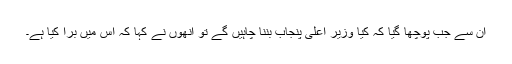
ان سے جب پوچھا گیا کہ کیا وزیر اعلیٰ پنجاب بننا چاہیں گے تو انھوں نے کہا کہ اس میں برا کیا ہے۔